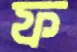
ফ